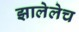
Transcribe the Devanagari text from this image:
झालेलेच